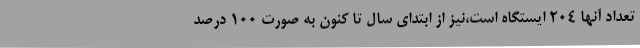
تعداد آنها 204 ایستگاه است،نیز از ابتدای سال تا کنون به صورت 100 درصد